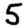
Digit: 5